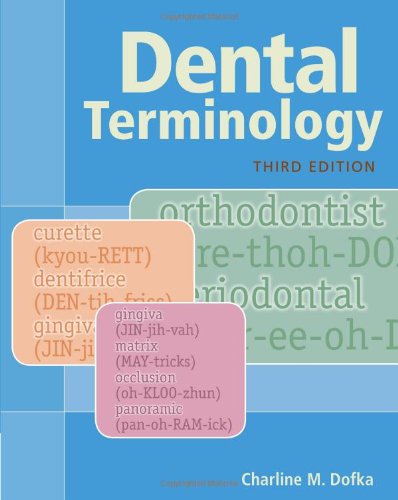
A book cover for Dental Terminology; Charline M. Dofka; Medical Books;